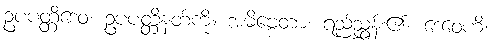
ဥပပတ္တိဒေဝ၊ ဥပပတ္တိနတ်ကို။ အဓိဗ္ဗေတာ၊ ရည်ညွှန်း၏။ ဒေဝေဟိ၊